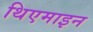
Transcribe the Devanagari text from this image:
थिएमाइन